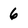
Character: 6